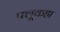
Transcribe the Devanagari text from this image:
फ्लूकहा